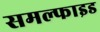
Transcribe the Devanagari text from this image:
समल्फाइड